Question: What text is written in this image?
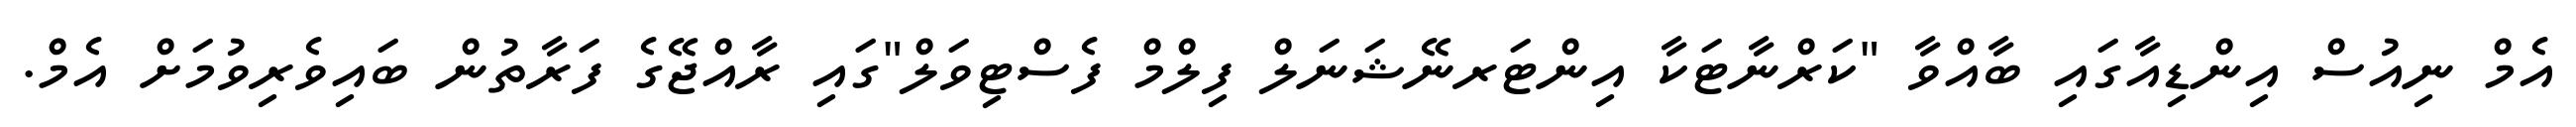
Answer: އެމް ނިއުސް އިންޑިއާގައި ބާއްވާ "ކަރްނާޓަކާ އިންޓަރނޭޝަނަލް ފިލްމް ފެސްޓިވަލް"ގައި ރާއްޖޭގެ ފަރާތުން ބައިވެރިވުމަށް އެމް.